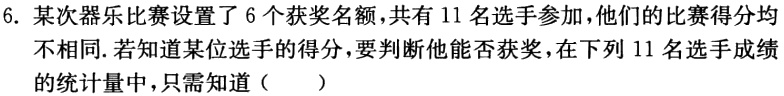
6. 某次器乐比赛设置了 6 个获奖名额，共有 11 名选手参加，他们的比赛得分均不相同. 若知道某位选手的得分，要判断他能否获奖，在下列 11 名选手成绩的统计量中，只需知道（  ）